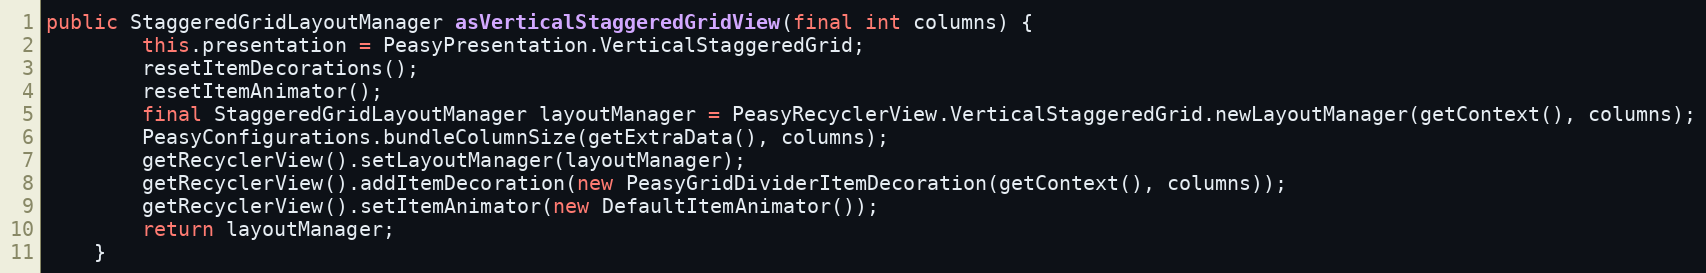
Language: Java
public StaggeredGridLayoutManager asVerticalStaggeredGridView(final int columns) {
        this.presentation = PeasyPresentation.VerticalStaggeredGrid;
        resetItemDecorations();
        resetItemAnimator();
        final StaggeredGridLayoutManager layoutManager = PeasyRecyclerView.VerticalStaggeredGrid.newLayoutManager(getContext(), columns);
        PeasyConfigurations.bundleColumnSize(getExtraData(), columns);
        getRecyclerView().setLayoutManager(layoutManager);
        getRecyclerView().addItemDecoration(new PeasyGridDividerItemDecoration(getContext(), columns));
        getRecyclerView().setItemAnimator(new DefaultItemAnimator());
        return layoutManager;
    }